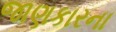
જાણકારના